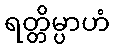
ရတ္တိမ္ပာဟံ